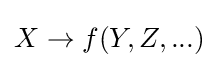
X\to f(Y,Z,...)